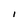
Character: I